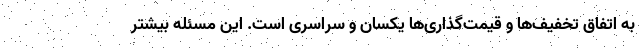
به اتفاق تخفیف­ها و قیمت­گذاری­ها یکسان و سراسری است. این مسئله بیشتر